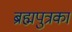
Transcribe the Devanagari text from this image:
ब्रह्मपुत्रका